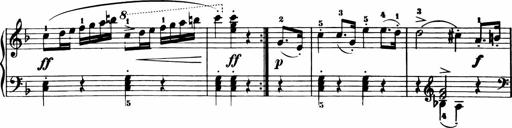
Title: 11 Sonatinas for Piano Solo
Composer: Anton Diabelli